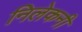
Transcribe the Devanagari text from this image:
निलेकनी